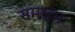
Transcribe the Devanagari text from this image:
समाहारः